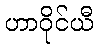
ဟာဝိုင်ယီ